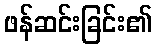
ဖန်ဆင်းခြင်း၏